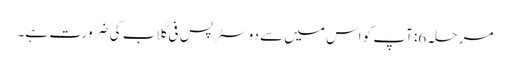
مرحلہ 6: آپ کو اس میں سے دو سٹرپس فی گلاب کی ضرورت ہے۔